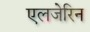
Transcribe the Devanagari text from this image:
एलजेरिन